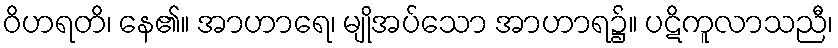
ဝိဟရတိ၊ နေ၏။ အာဟာရေ၊ မျိုအပ်သော အာဟာရ၌။ ပဋိကူလာသညီ၊